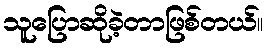
သူပြောဆိုခဲ့တာဖြစ်တယ်။